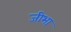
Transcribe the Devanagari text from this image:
जीभा